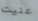
عنيت